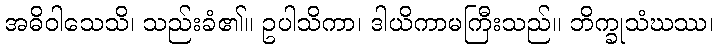
အဓိဝါသေသိ၊ သည်းခံ၏။ ဥပါသိကာ၊ ဒါယိကာမကြီးသည်။ ဘိက္ခုသံဃဿ၊